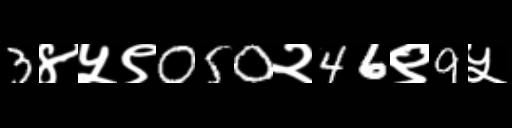
Text: 3४५९050२46९9५